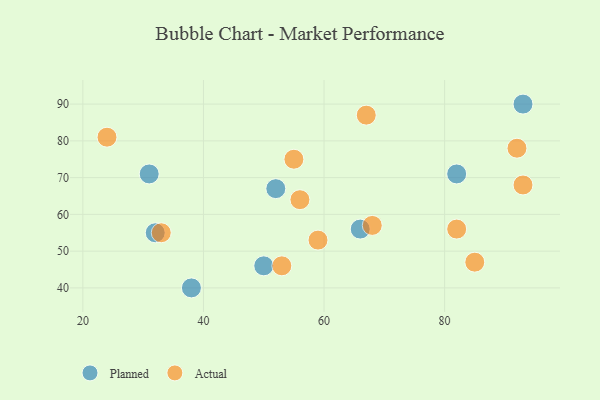
{"axis": {"x": "GDP", "y": "Life Expectancy"}, "legend": ["Actual", "Planned"], "data": [{"x": "52", "y": 67, "type": "Planned"}, {"x": "32", "y": 55, "type": "Planned"}, {"x": "93", "y": 90, "type": "Planned"}, {"x": "50", "y": 46, "type": "Planned"}, {"x": "66", "y": 56, "type": "Planned"}, {"x": "82", "y": 71, "type": "Planned"}, {"x": "31", "y": 71, "type": "Planned"}, {"x": "38", "y": 40, "type": "Planned"}, {"x": "53", "y": 46, "type": "Actual"}, {"x": "33", "y": 55, "type": "Actual"}, {"x": "67", "y": 87, "type": "Actual"}, {"x": "68", "y": 57, "type": "Actual"}, {"x": "85", "y": 47, "type": "Actual"}, {"x": "56", "y": 64, "type": "Actual"}, {"x": "55", "y": 75, "type": "Actual"}, {"x": "24", "y": 81, "type": "Actual"}, {"x": "92", "y": 78, "type": "Actual"}, {"x": "82", "y": 56, "type": "Actual"}, {"x": "93", "y": 68, "type": "Actual"}, {"x": "59", "y": 53, "type": "Actual"}]}